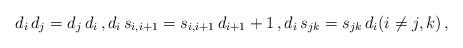
LaTeX: \begin{align*} d_i \, d_j = d_j \, d_i \, , d_i \, s_{i,i+1} = s_{i,i+1} \, d_{i+1} + 1 \, , d_i \, s_{jk} = s_{jk} \, d_i (i\neq j,k) \, ,\end{align*}